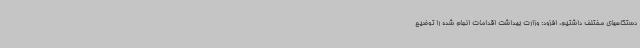
دستگاههای مختلف داشتیم، افزود: وزارت بهداشت اقدامات انجام شده را توضیح